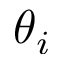
\theta _ { i }